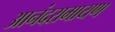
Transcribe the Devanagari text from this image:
आनंदरामायण